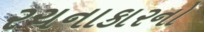
રચનાકારનો